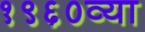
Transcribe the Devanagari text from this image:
१९६०व्या